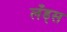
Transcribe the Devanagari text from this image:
लँड्स